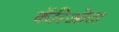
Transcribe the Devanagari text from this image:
कॅरिओटा